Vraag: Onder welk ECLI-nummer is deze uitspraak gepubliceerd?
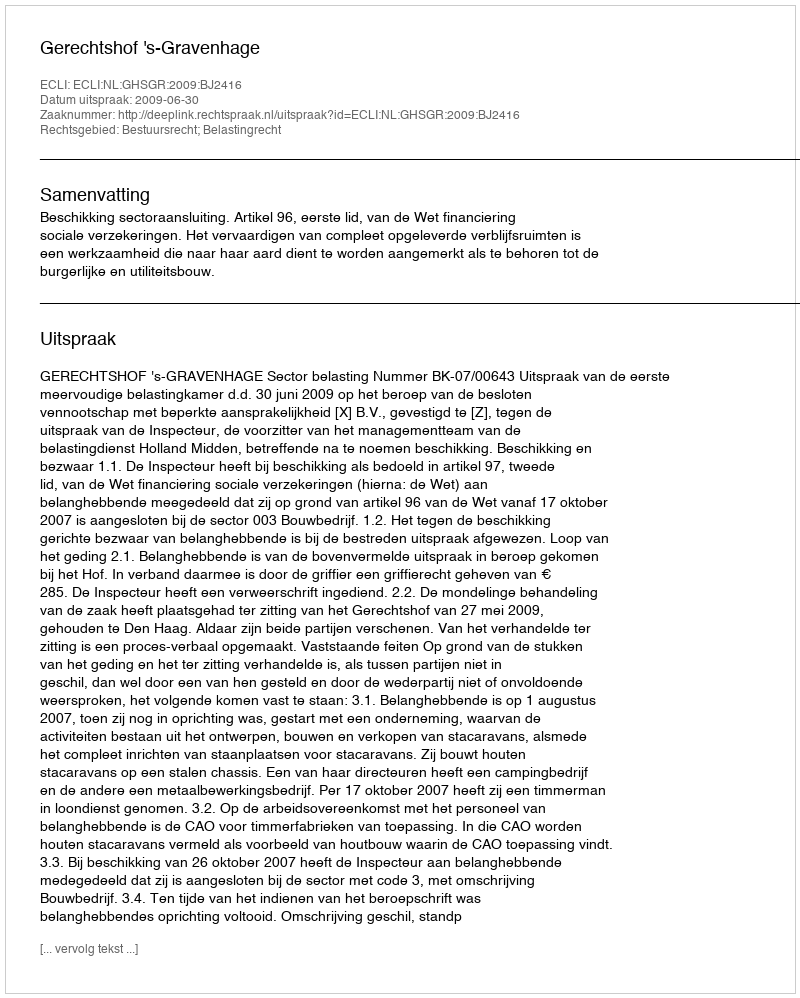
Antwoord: ECLI:NL:GHSGR:2009:BJ2416